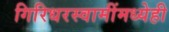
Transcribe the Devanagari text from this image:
गिरिधरस्वामींमध्येही